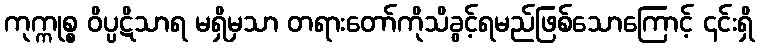
ကုက္ကုစ္စ ဝိပ္ပဋိသာရ မရှိမှသာ တရားတော်ကိုသိခွင့်ရမည်ဖြစ်သောကြောင့် ၎င်းရှိ